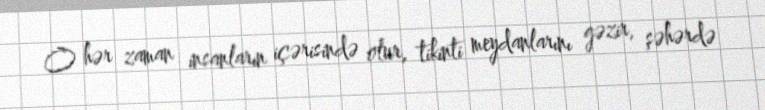
O hər zaman insanların içərisində olur, tikinti meydanlarını gəzir, şəhərdə